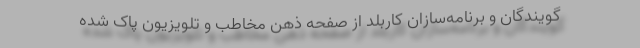
گویندگان و برنامه‌سازان کاربلد از صفحه ذهن مخاطب و تلویزیون پاک شده